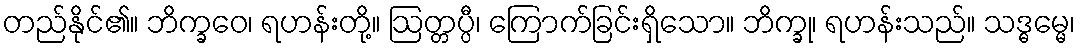
တည်နိုင်၏။ ဘိက္ခဝေ၊ ရဟန်းတို့။ ဩတ္တပ္ပီ၊ ကြောက်ခြင်းရှိသော။ ဘိက္ခု၊ ရဟန်းသည်။ သဒ္ဓမ္မေ၊